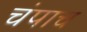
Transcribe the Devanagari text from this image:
चंपाच